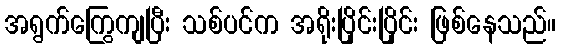
အရွက်ကြွေကျပြီး သစ်ပင်က အရိုးပြိုင်းပြိုင်း ဖြစ်နေသည်။